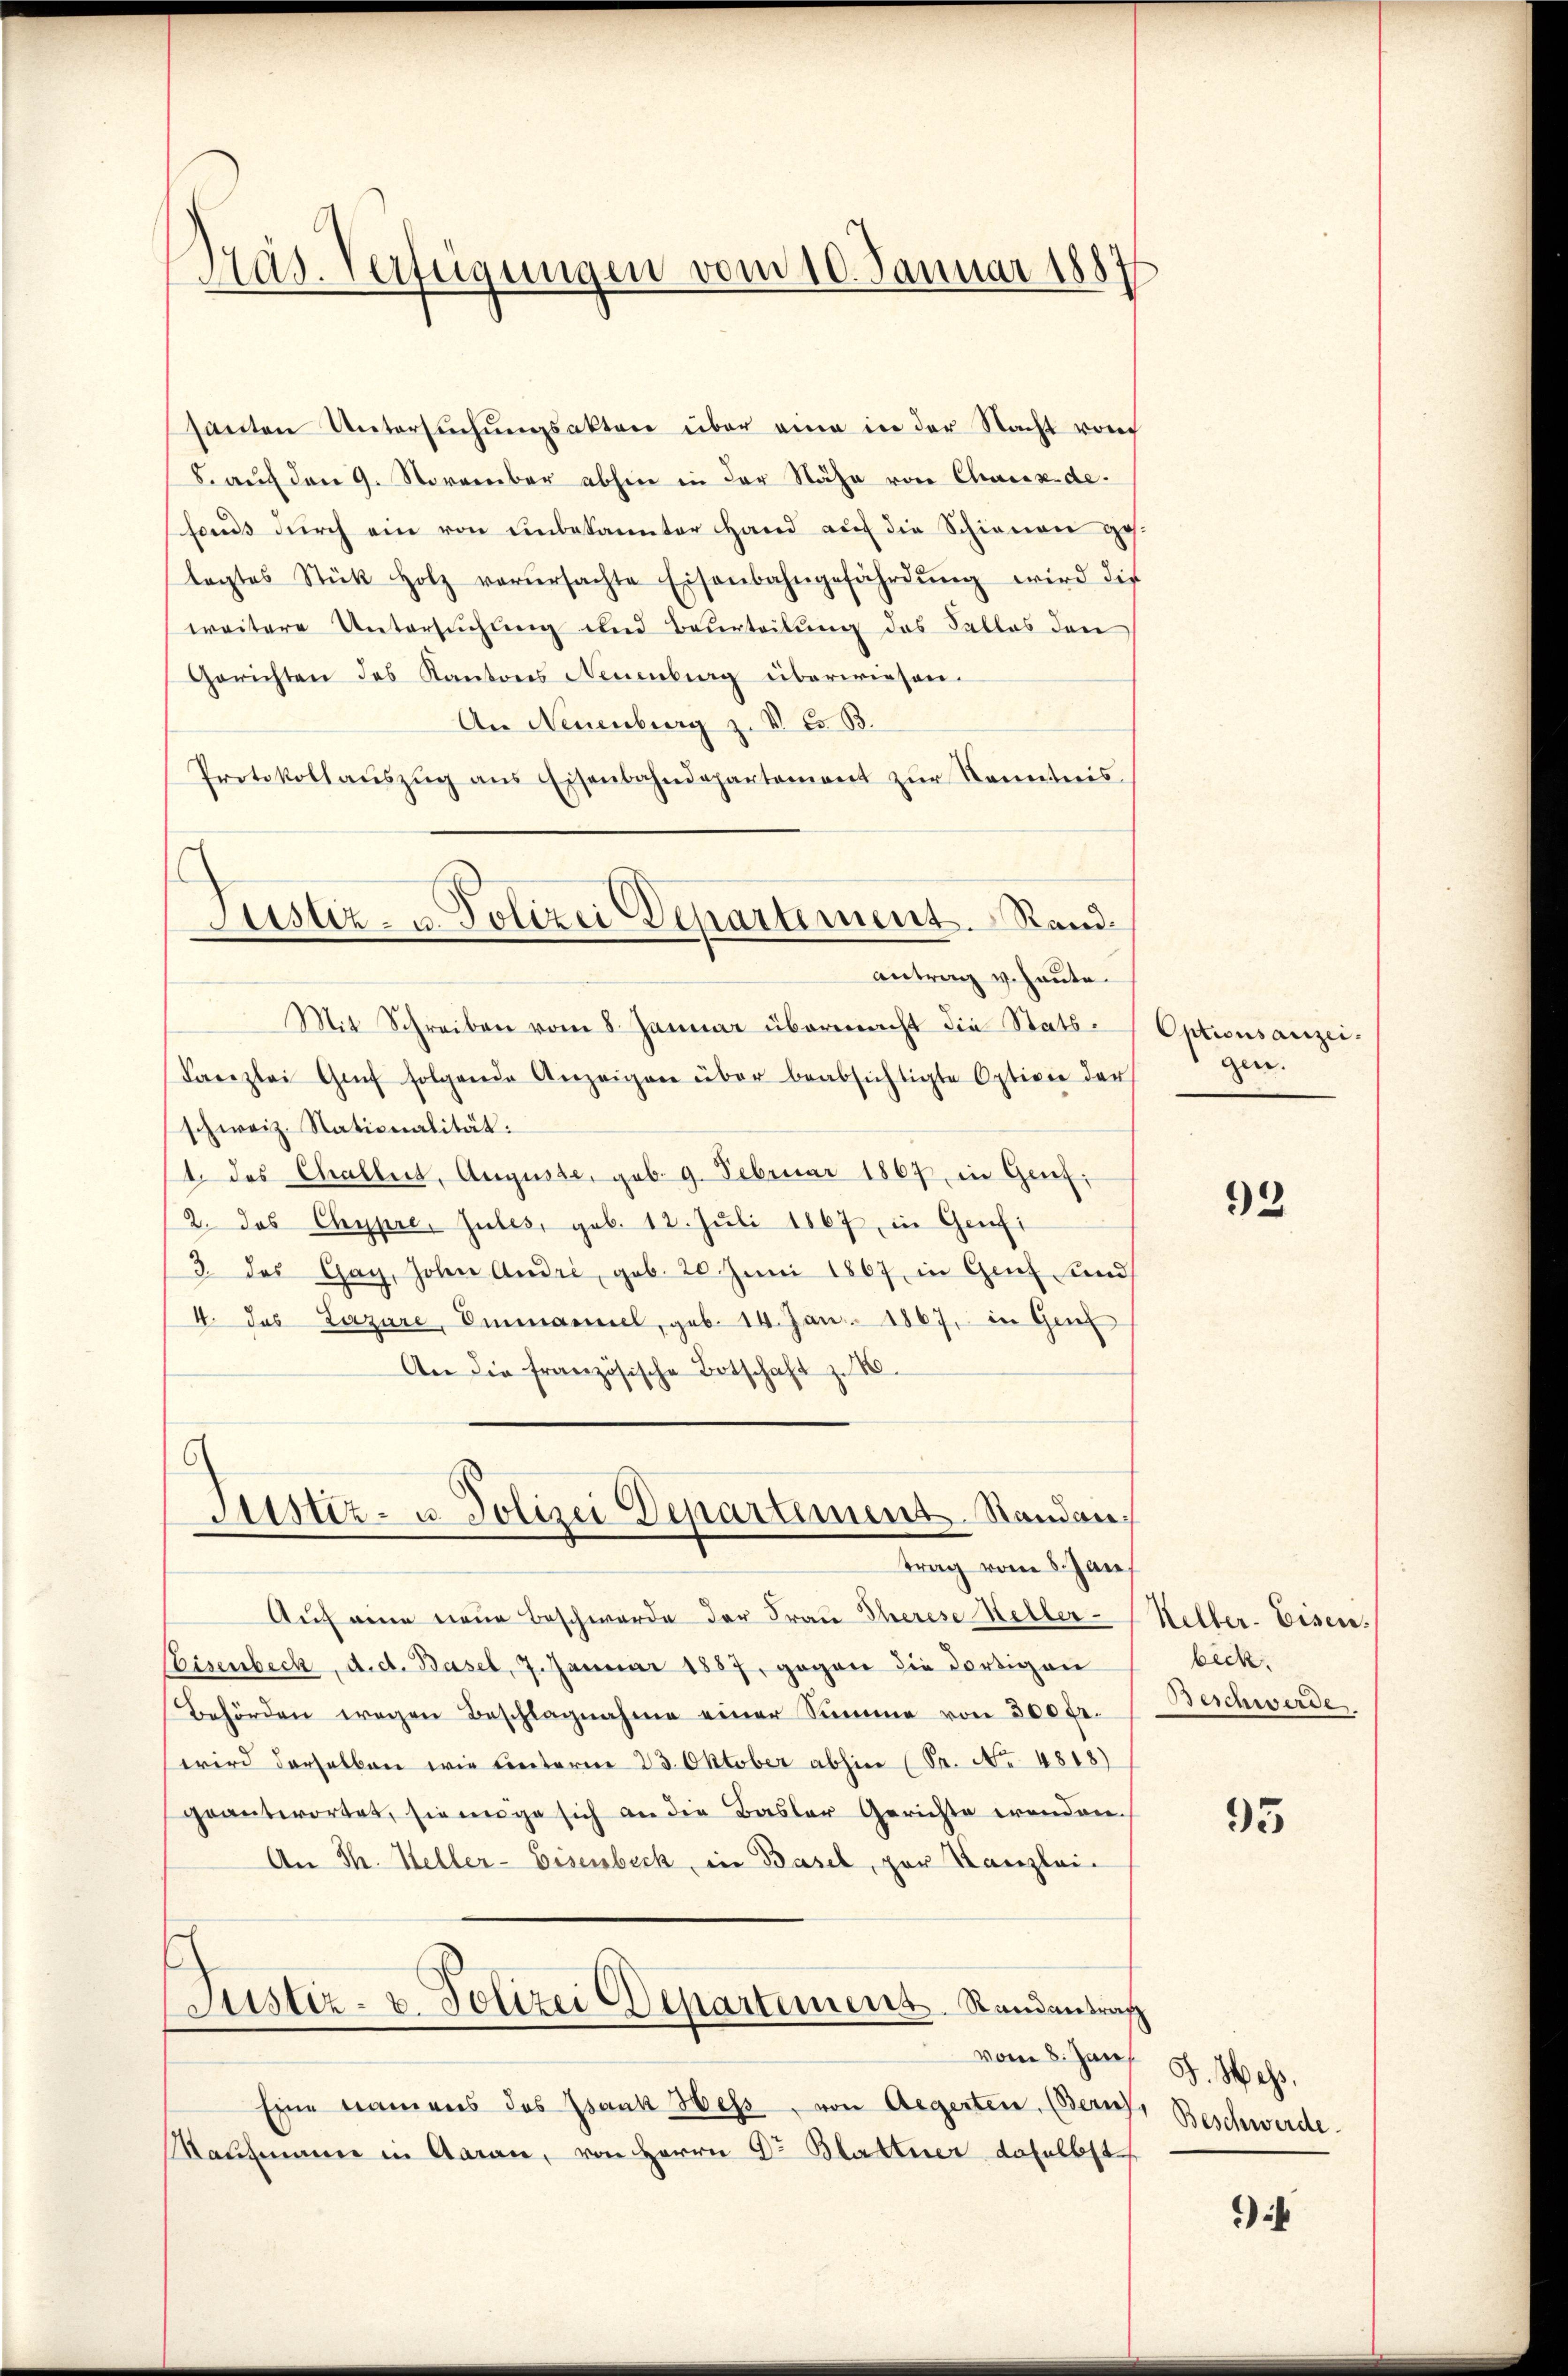
Präs. erfügungen vom 10. Januar 1887

santen Untersuchungsakten über eine in der Nacht vom
8. auf den 9. November abhin in der Nähe von Charexde.
fonds durch ein von unbekannter Hand auf die Schienen gelagtes Stük Holz verŭrsachte Eisenbahngefährdŭng wird die
weitere Untersuchung und Beurteilung des Falles den
Gerichten des Kantons Neuenburg überwiesen.
An Neuenburg z. V. Ed. B.
Protokollaŭszŭg ans Eisenbahndepartement zŭr Kenntnis.
Justiz- u. Polizei Departement. Sandantrag v. heute.
Mit Schreiben vom 8. Januar übermacht die Stats¬
Kanzlei Gaf folgende Anzeigen über beabsichtigte Option der
schweiz. Stationalität:
1. des Challert, Auguste, geb. 9. Februar 1867 in Genf,
2. das Chypre. Zules, geb. 12. Juli 1867 in Genfi
3. das Gay, John Andre, geb. 20 Juni 1867 in Genf und
4. Das Lazare, Emmannel, geb. 14. Jan. 1867, in Genf
An die französische Botschaft z. B.

Justiz- u. Polizei Departement Standantrag vom 8. Jan

Auf eine neue Beschwerde der Frau Therese Heller-
Eisenbeck, d. d. Basel, 7. Januar 1887, gegen die dortigen
Behörden wegen Beschlagnahme einer Summe von 300 Fr.
wird derselben wie unterm 23. Oktober abhin S. Nr. 4818)
geantwortet, sie ange sich an die Basler Gerichte erenden.
An Th. Heller-Eisenbeck, in Basel, par Kanzlei-
Justiz- u. Polizei Departemens Randantrag
Eine tramens des Isaak Hess, von Aegerten. (Berne
Maumann in Aarau, von Herrn Dr Blattner daselbst

Optionsanzei
gen.

93

Kelter-Eisen.
beck.
Beschwerde

95

vom 8. Jan. 8. Hass,
Beschwerde